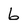
Character: 6